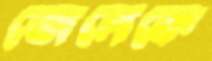
জেলেকে